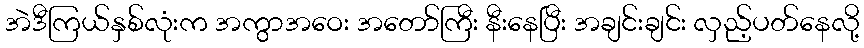
အဲဒီကြယ်နှစ်လုံးက အကွာအဝေး အတော်ကြီး နီးနေပြီး အချင်းချင်း လှည့်ပတ်နေလို့